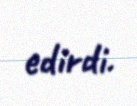
edirdi.